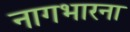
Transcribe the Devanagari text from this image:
नागभारना